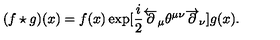
( f \star g ) ( x ) = f ( x ) \exp [ \frac { i } { 2 } \overleftarrow { \partial } _ { \mu } \theta ^ { \mu \nu } \overrightarrow { \partial } _ { \nu } ] g ( x ) .